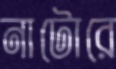
নাটোরে